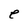
Character: e